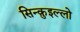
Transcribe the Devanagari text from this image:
सिन्क़ुइल्लो